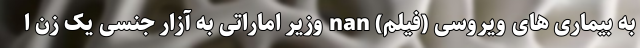
به بیماری های ویروسی (فیلم) nan وزیر اماراتی به آزار جنسی یک زن ا